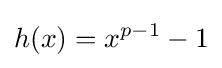
h(x)=x^{p-1}-1